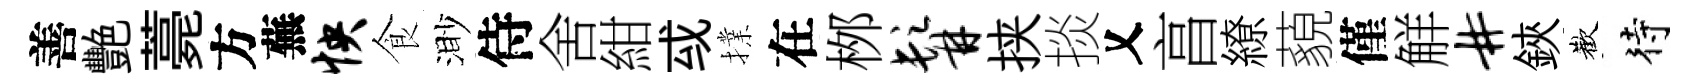
善艷薧方蕪怏食渺侍舍紺㦯擈在桞髯挟掞乂亯繚藐僅觧#鋏歡待